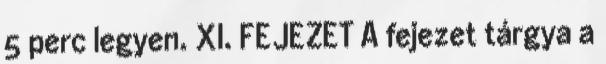
5 perc legyen. XI. FEJEZET A fejezet tárgya a